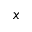
x